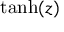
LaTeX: \operatorname { t a n h } ( z )